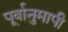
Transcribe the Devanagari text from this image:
पूर्वानुमापी